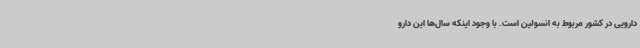
دارویی در کشور مربوط به انسولین است. با وجود اینکه سال‌ها این دارو